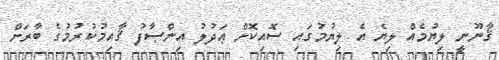
ޤާނޫނީ ލިޔުމެއް ލިޔެ އެ ލިޔުމުގައި ސޮއިކޮށް ޢަދުލު އިންޞާފު ޤާއިމުކުރުމުގެ ބާރަށް